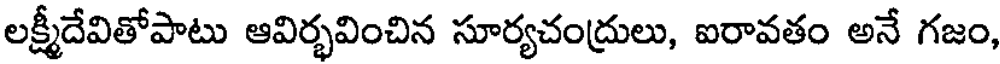
లక్ష్మీదేవితోపాటు ఆవిర్భవించిన సూర్యచంద్రులు, ఐరావతం అనే గజం,